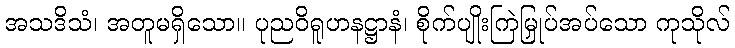
အသဒိသံ၊ အတူမရှိသော။ ပုညဝိရူဟနဋ္ဌာနံ၊ စိုက်ပျိုးကြဲမြှုပ်အပ်သော ကုသိုလ်